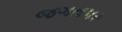
જગતપર